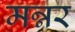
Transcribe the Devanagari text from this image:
मन्नर